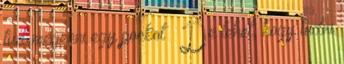
tud megenni egy pockot – De lehet, hogy tudni